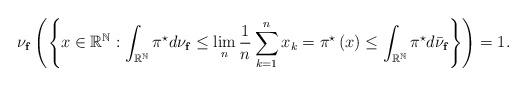
LaTeX: \begin{align*}\nu _{\mathbf{f}}\left( \left \{ x\in \mathbb{R}^{\mathbb{N}}:\int_{\mathbb{R}^{\mathbb{N}}}\pi ^{\star }d\nu _{\mathbf{f}}\leq \lim_{n}\frac{1}{n}\sum_{k=1}^{n}x_{k}=\pi ^{\star }\left( x\right) \leq \int_{\mathbb{R}^{\mathbb{N}}}\pi ^{\star }d\bar{\nu}_{\mathbf{f}}\right \} \right) =1.\end{align*}